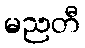
မညတီ